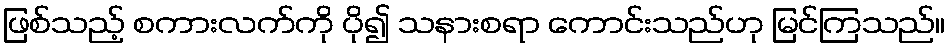
ဖြစ်သည့် စကားလက်ကို ပို၍ သနားစရာ ကောင်းသည်ဟု မြင်ကြသည်။